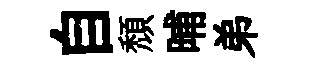
自頹晡弟